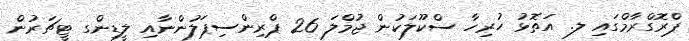
ޕްރޮގްރާމްގައި ލ. އަތޮޅު ހުރިހާ ސްކޫލަކުން ޖުމްލަ 26 ޕްރިންސިޕަލުންނާއި ލީޑިންގ ޓީޗަރުން